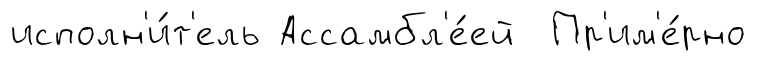
исполн'и́т'ель Ассамбл'е́ей Пр'им'е́рно